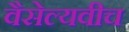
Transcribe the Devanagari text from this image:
वैसेल्यवीच